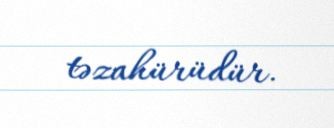
təzahürüdür.